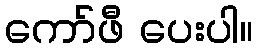
ကော်ဖီ ပေးပါ။